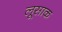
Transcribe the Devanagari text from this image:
लूसाक